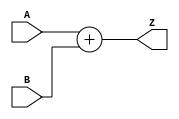
module ADD(
  input [7:0] A,
  input [7:0] B,
  output [7:0] Z
);
assign Z = A + B;
endmodule

module SUB(
  input [7:0] A,
  input [7:0] B,
  output [7:0] Z
);
assign Z = A - B;
endmodule

module HOGE2(
  input [7:0] DIN_A,
  input [7:0] DIN_B,
  output [7:0] DOUT
);

parameter CALC = 0;

generate
if ( CALC == 0 ) begin
  ADD u_ADD( .A(DIN_A), .B(DIN_B), .Z(DOUT));
end else begin
  SUB u_SUB( .A(DIN_A), .B(DIN_B), .Z(DOUT));
end

endgenerate
endmodule